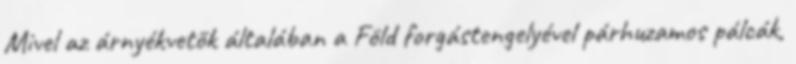
Mivel az árnyékvetõk általában a Föld forgástengelyével párhuzamos pálcák,